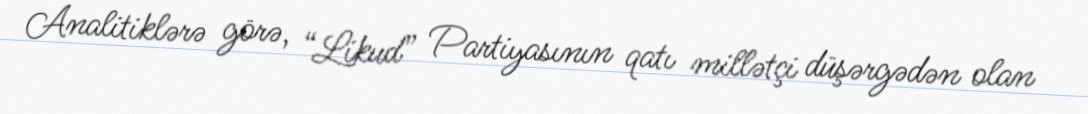
Analitiklərə görə, “Likud” Partiyasının qatı millətçi düşərgədən olan